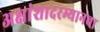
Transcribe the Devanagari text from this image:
अक्षांशादरम्यानचा